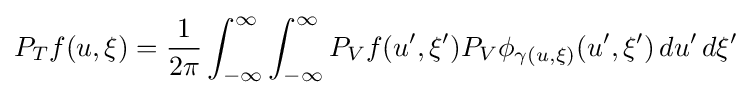
P_{T}f(u,\xi )={\frac {1}{2\pi }}\int _{-\infty }^{\infty }\int _{-\infty }^{\infty }P_{V}f(u',\xi ')P_{V}\phi _{\gamma (u,\xi )}(u',\xi ')\,du'\,d\xi '